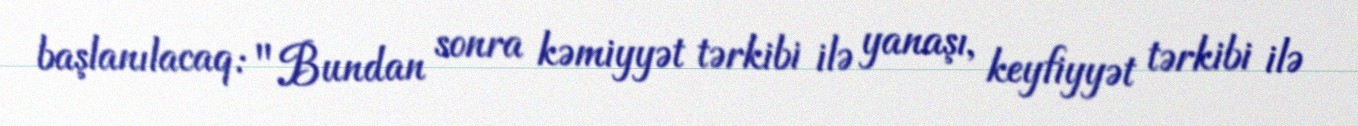
başlanılacaq: "Bundan sonra kəmiyyət tərkibi ilə yanaşı, keyfiyyət tərkibi ilə